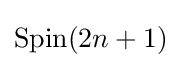
\operatorname {Spin} (2n+1)